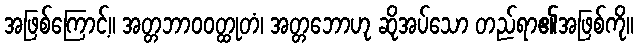
အဖြစ်ကြောင့်။ အတ္တဘာဝဝတ္ထုတံ၊ အတ္တဘောဟု ဆိုအပ်သော တည်ရာ၏အဖြစ်ကို။